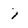
Character: i